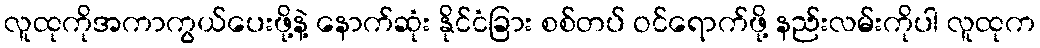
လူထုကိုအကာကွယ်ပေးဖို့နဲ့ နောက်ဆုံး နိုင်ငံခြား စစ်တပ် ဝင်ရောက်ဖို့ နည်းလမ်းကိုပါ လူထုက